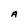
Character: A